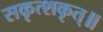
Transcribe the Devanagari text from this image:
सकृत्शकृत्॥